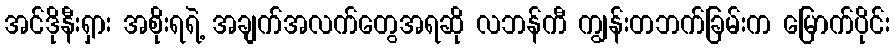
အင်ဒိုနီးရှား အစိုးရရဲ့ အချက်အလက်တွေအရဆို လဘန်ကီ ကျွန်းတဘက်ခြမ်းက မြောက်ပိုင်း